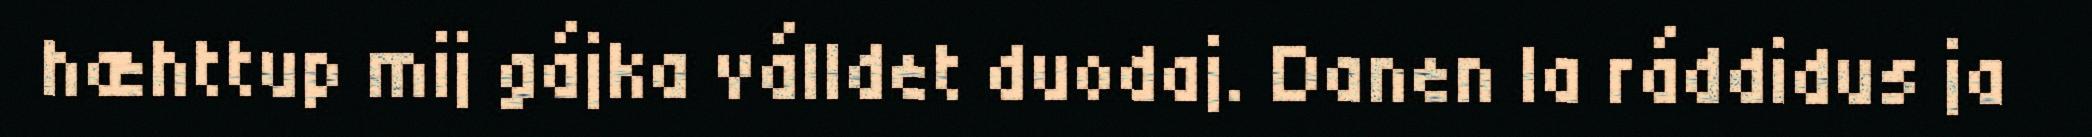
hæhttup mij gájka válldet duodaj. Danen la ráddidus ja